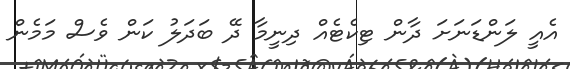
އެއީ ލަންޑަނަށަ ދާން ޓިކެޓެއް ދިނީމާ ދޭ ބަދަލު ކަން ވެސް މަމެން